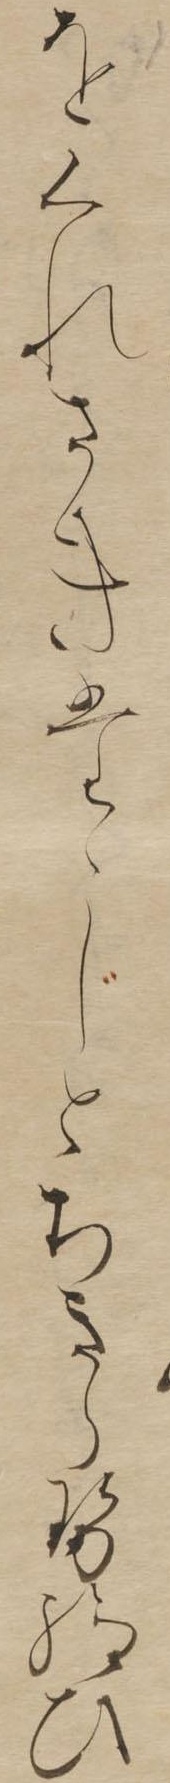
をくれさきたゝじとちきらせ給ひ